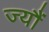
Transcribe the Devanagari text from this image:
ज्‍यौं